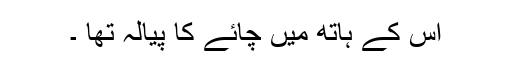
اس کے ہاتھ میں چائے کا پیالہ تھا ۔